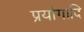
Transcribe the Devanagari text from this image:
प्रयोगादि